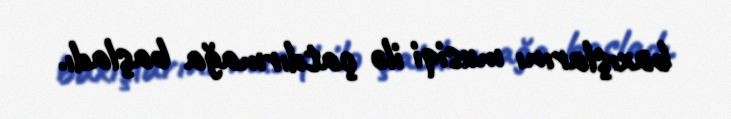
baxışlarını musiqi ilə çatdırmağa başladı.